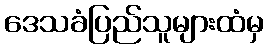
ဒေသခံပြည်သူများထံမှ